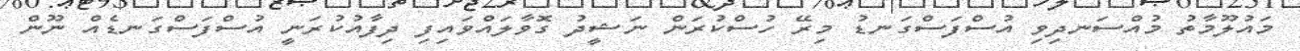
މައުލޫމާތު މުއްސަނދިވި އުސްފަސްގަނޑު މިރޭ ހުސްކުރަން ނަޝީދު ގޮވާލައްވައިފި ދިފާއުކުރަނީ އުސްފަސްގަނޑެއް ނޫން